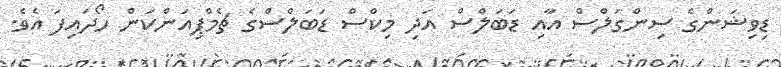
ޑިވިޝަންގެ ސިންގަލްސް އާއި ޑަބަލްސް އަދި މިކްސް ޑަބަލްސްގެ ޗެމްޕިއަންކަން ހޯދައިފަ އެވެ.